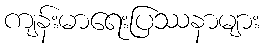
ကျန်းမာရေးပြဿနာများ